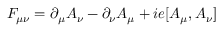
F _ { \mu \nu } = \partial _ { \mu } A _ { \nu } - \partial _ { \nu } A _ { \mu } + i e [ A _ { \mu } , A _ { \nu } ]